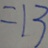
= 1 3